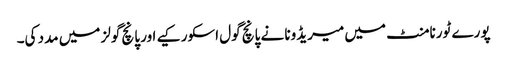
پورے ٹورنامنٹ میں میریڈونا نے پانچ گول اسکور کیے اور پانچ گولز میں مدد کی۔